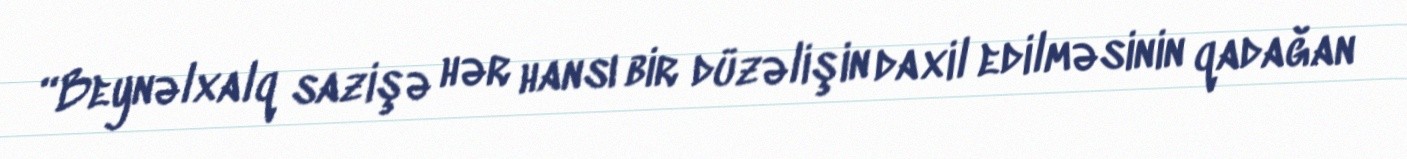
“Beynəlxalq sazişə hər hansı bir düzəlişin daxil edilməsinin qadağan